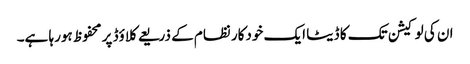
ان کی لوکیشن تک کا ڈیٹا ایک خودکار نظام کے ذریعے کلاؤڈ پر محفوظ ہورہا ہے۔